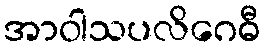
အာဝါသပလိဂေဓီ